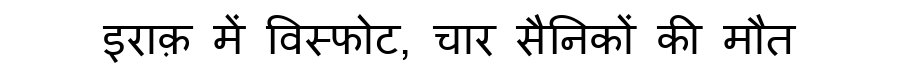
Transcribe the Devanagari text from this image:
इराक़ में विस्फोट, चार सैनिकों की मौत